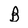
Character: B